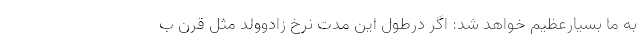
به ما بسیارعظیم خواهد شد: اگر درطول این مدت نرخ زادوولد مثل قرن ب